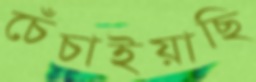
চেঁচাইয়াছি